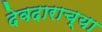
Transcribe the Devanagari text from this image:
देवदाराच्या